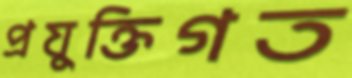
প্রযুক্তিগত